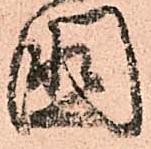
國